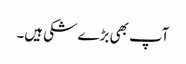
آپ بھی بڑے شکی ہیں۔